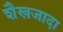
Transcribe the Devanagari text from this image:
शैखजादा